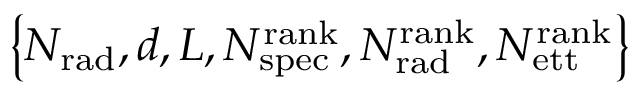
\left\{ N _ { \mathrm { r a d } } , d , L , N _ { \mathrm { s p e c } } ^ { \mathrm { r a n k } } , N _ { \mathrm { r a d } } ^ { \mathrm { r a n k } } , N _ { \mathrm { e t t } } ^ { \mathrm { r a n k } } \right\}